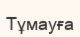
Тұмауға